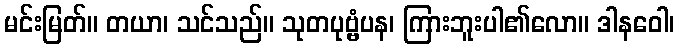
မင်းမြတ်။ တယာ၊ သင်သည်။ သုတပုဗ္ဗံပန၊ ကြားဘူးပါ၏လော။ ဒါနဝေါ၊